Trukikaitis_Postimees, lk 6
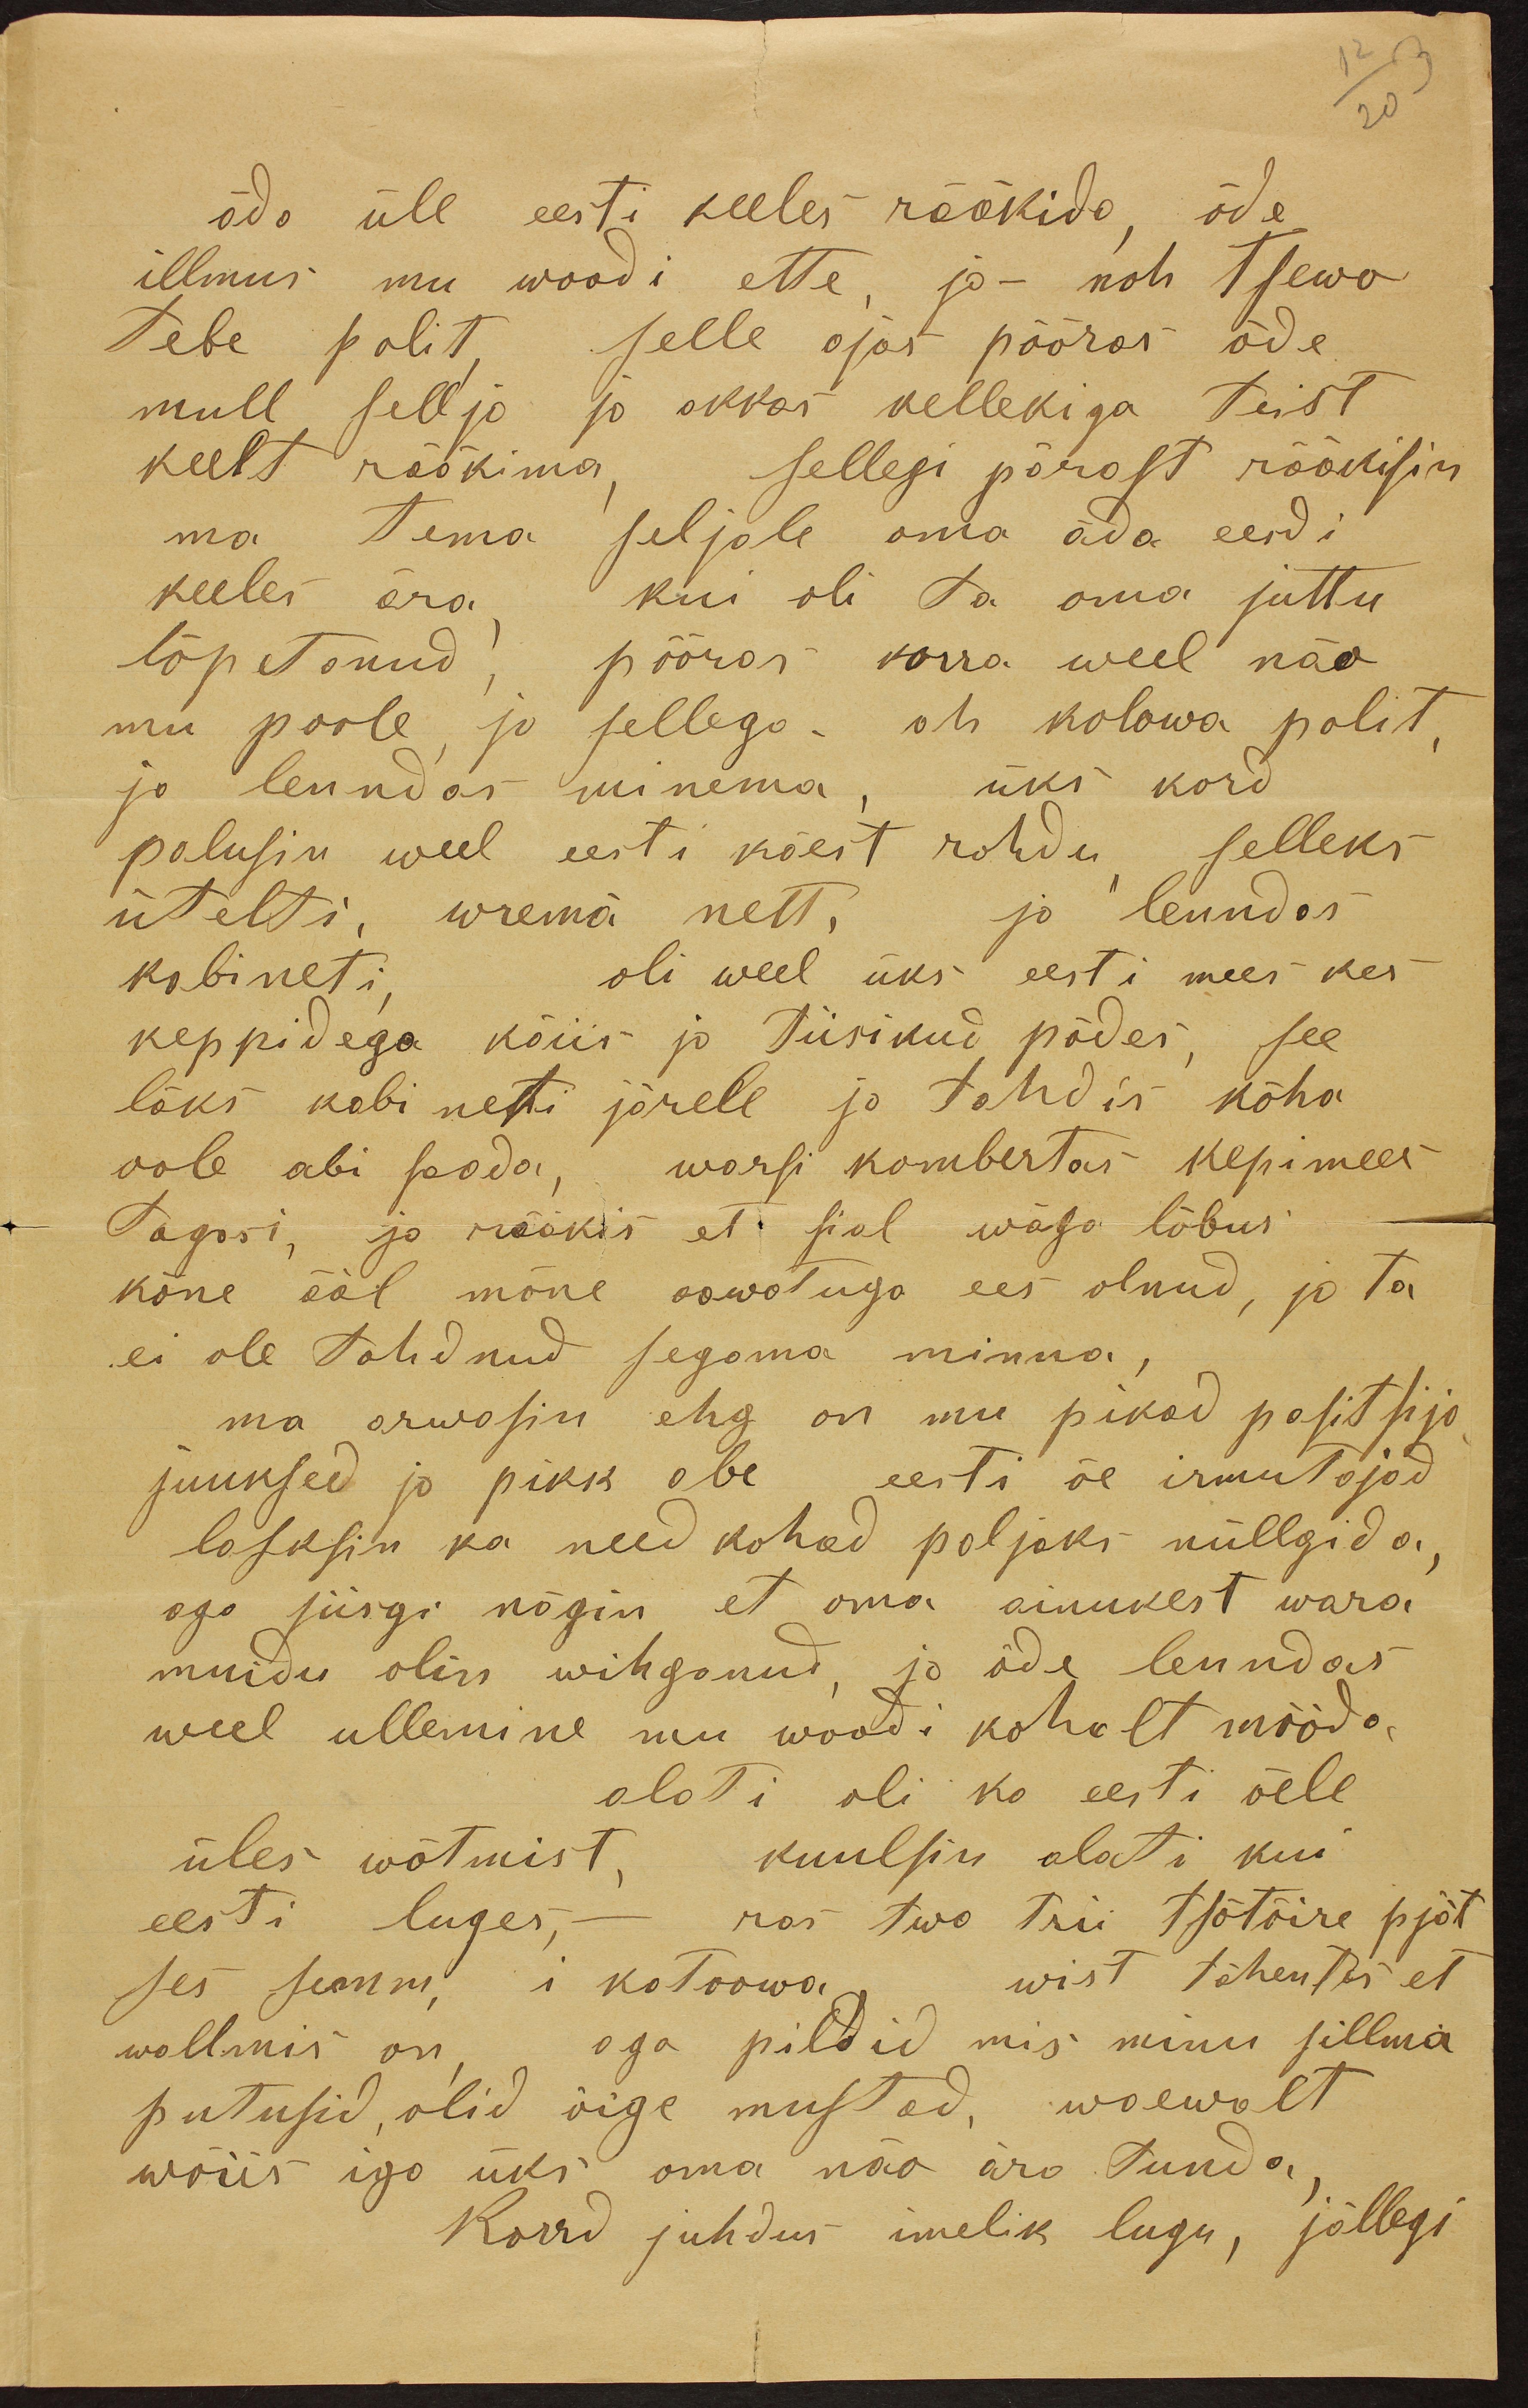
äda üle eesti keeles rääkida, õde
illmus mu woodi ette, ja - noh Tsewo
tebe polit, selle ajas pööras õde
mull sellja ja akkas kellekiga teist
keelt rääkima, sellegi pärast rääkisin
ma tema seljale oma äda eesdi
keeles ära, kui oli ta oma juttu
lõpetanud, pööras korra weel näo
mu poole ja sellega. oh kolowa polit,
ja lendas minema, üks kord
palusin weel eesti käest rohdu selleks
ütelti, wrema nett, ja lenndas
kabineti, et oli weel üks eesti mees kes
keppidega käiis ja tiisikud põdes, see
läks kabineti järele ja tahdis köha
oole abi saada, warsi kombertas kepimees
Tagasi, ja rääkis et sial wäga lõbus
kõne ääl mõne oowõtuga ees olnud, ja ta
ei ole tohdnud segama minna,
ma arwasin ehg on mu pikad positsija
juuksed ja pikk abe eesti õe irmutajad
lasksin ka need kohad paljaks nüllgida,
aga siisgi nägin et oma ainukest wara
muidu olin wihganud, ja õde lenndas
weel ullemine mu woodi kohalt mööda
alati oli ka eesti õele
üles wõtmist, kuulsin alati kui
eesti luges, - ras two trii tsõtõire pjä-
ses semm i  kotoowa wist tähentas et
wallmis on aga pildid mis minu sillma
putusid, olid õige mustad, waewalt
wõiis iga üks oma näo ära Tunda
Korrd juhdus imelik lugu, jällegi